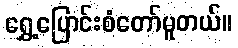
ရွှေ့ပြောင်းစံတော်မူတယ်။